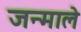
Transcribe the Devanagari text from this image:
जन्माले